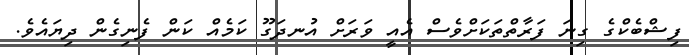
ފިޝްބެކްގެ ގިނަ ފަރާތްތަކަށްވެސް އެއީ ވަރަށް އުނދަގޫ ކަމެއް ކަން ފެނިގެން ދިޔައެވެ.